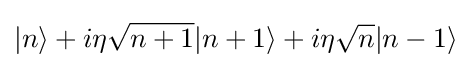
|n\rangle +i\eta {\sqrt {n+1}}|n+1\rangle +i\eta {\sqrt {n}}|n-1\rangle